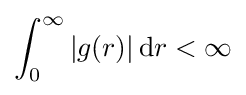
\int _{0}^{\infty }|g(r)|\,\mathrm {d} r<\infty